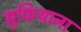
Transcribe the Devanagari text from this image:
सुफियाना